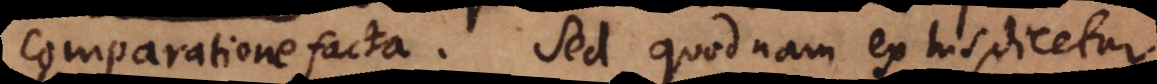
comparatione facta. Sed quodnam ex his dicetur